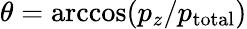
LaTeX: \theta=\operatorname{arccos}(p_{z}/p_{\mathrm{total}})